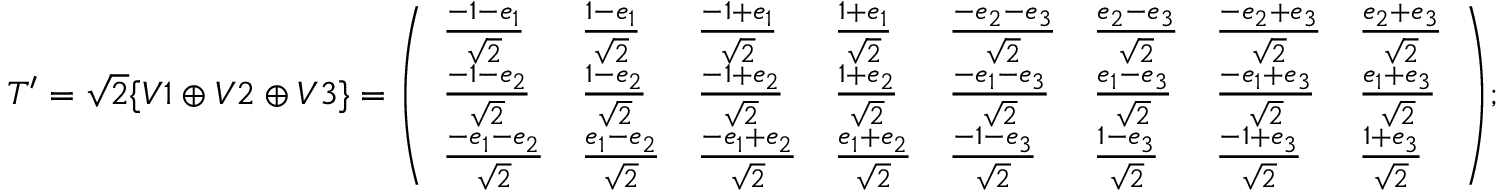
T ^ { \prime } = { \sqrt { 2 } } \{ V 1 \oplus V 2 \oplus V 3 \} = { \left( \begin{array} { l l l l l l l l } { { \frac { - 1 - e _ { 1 } } { \sqrt { 2 } } } } & { { \frac { 1 - e _ { 1 } } { \sqrt { 2 } } } } & { { \frac { - 1 + e _ { 1 } } { \sqrt { 2 } } } } & { { \frac { 1 + e _ { 1 } } { \sqrt { 2 } } } } & { { \frac { - e _ { 2 } - e _ { 3 } } { \sqrt { 2 } } } } & { { \frac { e _ { 2 } - e _ { 3 } } { \sqrt { 2 } } } } & { { \frac { - e _ { 2 } + e _ { 3 } } { \sqrt { 2 } } } } & { { \frac { e _ { 2 } + e _ { 3 } } { \sqrt { 2 } } } } \\ { { \frac { - 1 - e _ { 2 } } { \sqrt { 2 } } } } & { { \frac { 1 - e _ { 2 } } { \sqrt { 2 } } } } & { { \frac { - 1 + e _ { 2 } } { \sqrt { 2 } } } } & { { \frac { 1 + e _ { 2 } } { \sqrt { 2 } } } } & { { \frac { - e _ { 1 } - e _ { 3 } } { \sqrt { 2 } } } } & { { \frac { e _ { 1 } - e _ { 3 } } { \sqrt { 2 } } } } & { { \frac { - e _ { 1 } + e _ { 3 } } { \sqrt { 2 } } } } & { { \frac { e _ { 1 } + e _ { 3 } } { \sqrt { 2 } } } } \\ { { \frac { - e _ { 1 } - e _ { 2 } } { \sqrt { 2 } } } } & { { \frac { e _ { 1 } - e _ { 2 } } { \sqrt { 2 } } } } & { { \frac { - e _ { 1 } + e _ { 2 } } { \sqrt { 2 } } } } & { { \frac { e _ { 1 } + e _ { 2 } } { \sqrt { 2 } } } } & { { \frac { - 1 - e _ { 3 } } { \sqrt { 2 } } } } & { { \frac { 1 - e _ { 3 } } { \sqrt { 2 } } } } & { { \frac { - 1 + e _ { 3 } } { \sqrt { 2 } } } } & { { \frac { 1 + e _ { 3 } } { \sqrt { 2 } } } } \end{array} \right) } ;